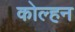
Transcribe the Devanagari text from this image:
कोल्हन